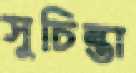
সুচিন্তা